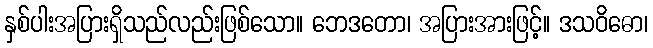
နှစ်ပါးအပြားရှိသည်လည်းဖြစ်သော။ ဘေဒတော၊ အပြားအားဖြင့်။ ဒသဝိဓော၊